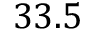
3 3 . 5